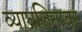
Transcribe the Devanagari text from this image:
व्याघ्रजिनावर